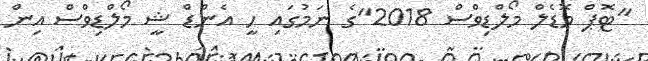
"ޓޮޕް މޮޑެލް މޯލްޑިވްސް 2018"ގެ ނަމުގައި ހީ އެންޑް ޝީ މޯލްޑިވްސް އިން